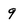
Character: q